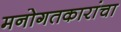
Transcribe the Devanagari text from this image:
मनोगतकारांचा